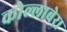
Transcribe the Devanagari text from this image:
कोल्लाबेरा